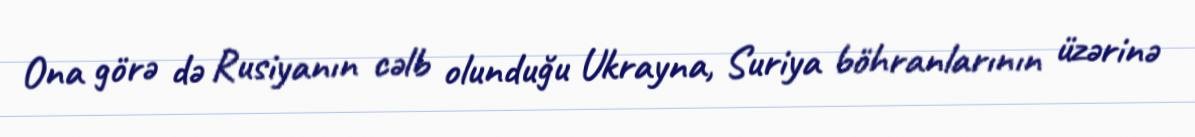
Ona görə də Rusiyanın cəlb olunduğu Ukrayna, Suriya böhranlarının üzərinə